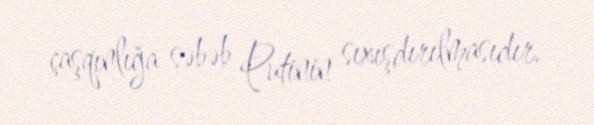
çaşqınlığa səbəb Putinin sıxışdırılmasıdır.